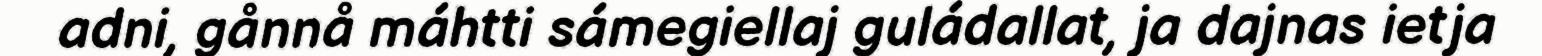
adni, gånnå máhtti sámegiellaj guládallat, ja dajnas ietja